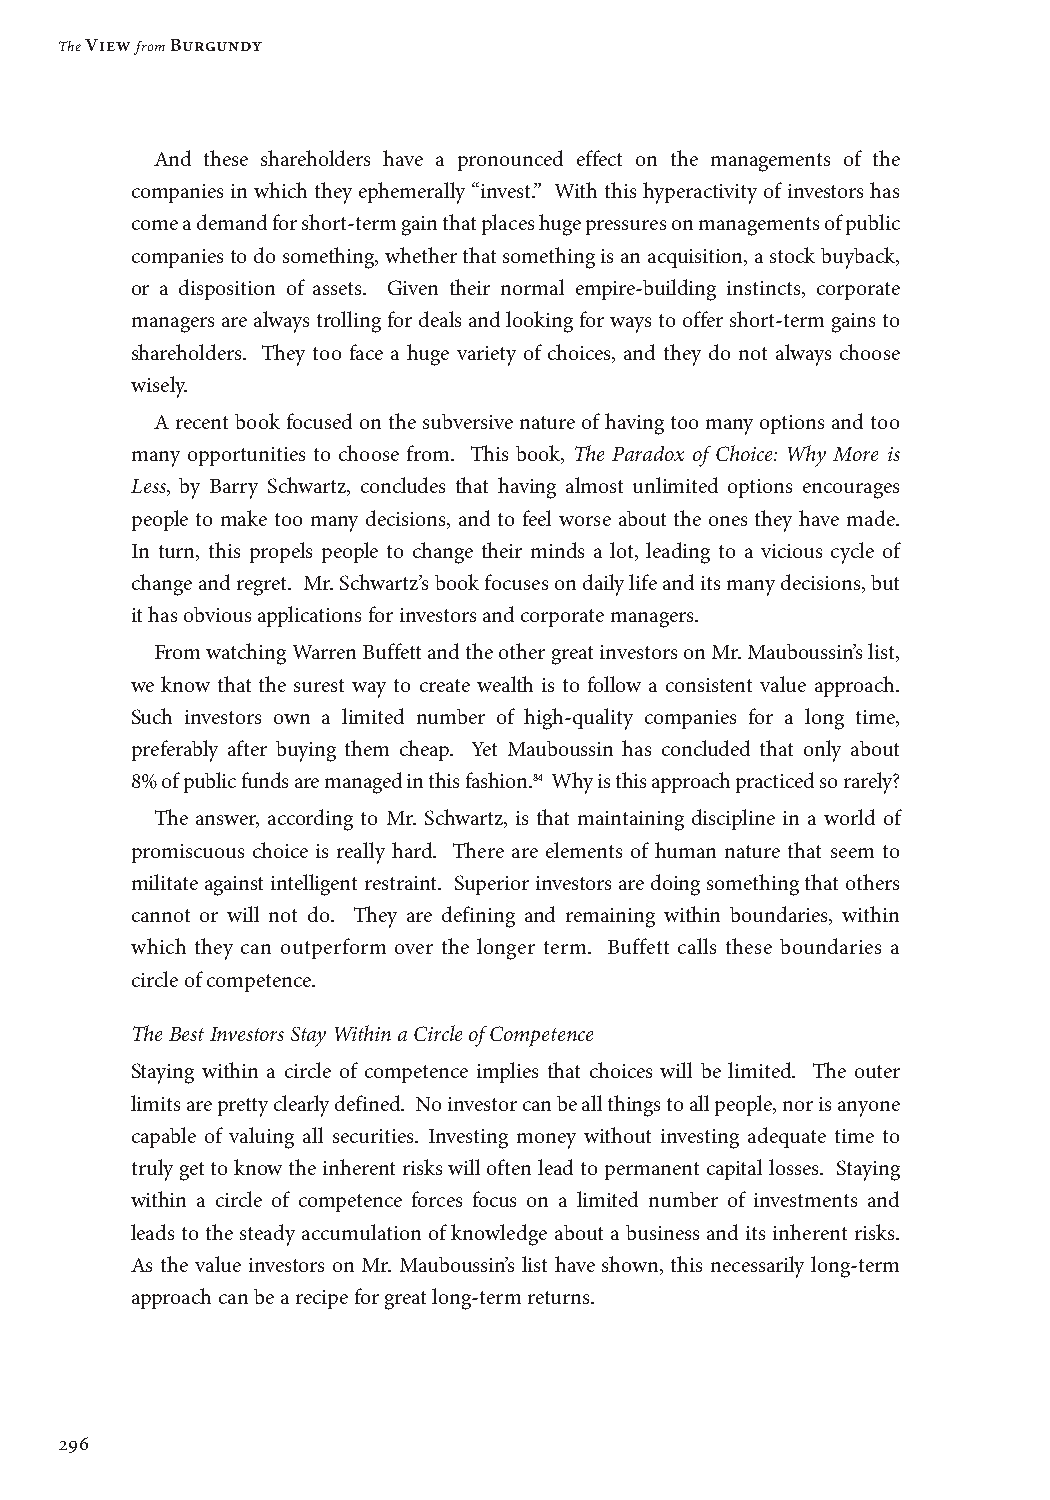
The View from Burgundy
 And these shareholders have a pronounced effect on the managements of the
 companies in which they ephemerally “invest.” With this hyperactivity of investors has
 come a demand for short-term gain that places huge pressures on managements of public
 companies to do something, whether that something is an acquisition, a stock buyback,
 or a disposition of assets. Given their normal empire-building instincts, corporate
 managers are always trolling for deals and looking for ways to offer short-term gains to
 shareholders. They too face a huge variety of choices, and they do not always choose
 wisely.
 A recent book focused on the subversive nature of having too many options and too
 many opportunities to choose from. This book, The Paradox of Choice: Why More is
 Less, by Barry Schwartz, concludes that having almost unlimited options encourages
 people to make too many decisions, and to feel worse about the ones they have made.
 In turn, this propels people to change their minds a lot, leading to a vicious cycle of
 change and regret. Mr. Schwartz’s book focuses on daily life and its many decisions, but
 it has obvious applications for investors and corporate managers.
 From watching Warren Buffett and the other great investors on Mr. Mauboussin’s list,
 we know that the surest way to create wealth is to follow a consistent value approach.
 Such investors own a limited number of high-quality companies for a long time,
 preferably after buying them cheap. Yet Mauboussin has concluded that only about
 8% of public funds are managed in this fashion.84 Why is this approach practiced so rarely?
 The answer, according to Mr. Schwartz, is that maintaining discipline in a world of
 promiscuous choice is really hard. There are elements of human nature that seem to
 militate against intelligent restraint. Superior investors are doing something that others
 cannot or will not do. They are defining and remaining within boundaries, within
 which they can outperform over the longer term. Buffett calls these boundaries a
 circle of competence.
 The Best Investors Stay Within a Circle of Competence
 Staying within a circle of competence implies that choices will be limited. The outer
 limits are pretty clearly defined. No investor can be all things to all people, nor is anyone
 capable of valuing all securities. Investing money without investing adequate time to
 truly get to know the inherent risks will often lead to permanent capital losses. Staying
 within a circle of competence forces focus on a limited number of investments and
 leads to the steady accumulation of knowledge about a business and its inherent risks.
 As the value investors on Mr. Mauboussin’s list have shown, this necessarily long-term
 approach can be a recipe for great long-term returns.
 296